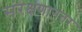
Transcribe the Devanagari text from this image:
संरक्षणानंतर